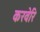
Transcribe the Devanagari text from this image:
करवेरि